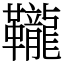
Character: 䪊